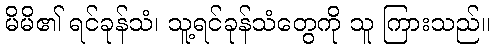
မိမိ၏ ရင်ခုန်သံ၊ သူ့ရင်ခုန်သံတွေကို သူ ကြားသည်။